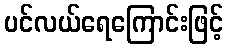
ပင်လယ်ရေကြောင်းဖြင့်